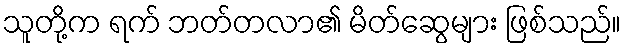
သူတို့က ရက် ဘတ်တလာ၏ မိတ်ဆွေများ ဖြစ်သည်။